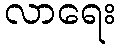
လာရေး